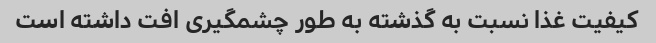
کیفیت غذا نسبت به گذشته به طور چشمگیری افت داشته است